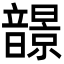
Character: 𩐿